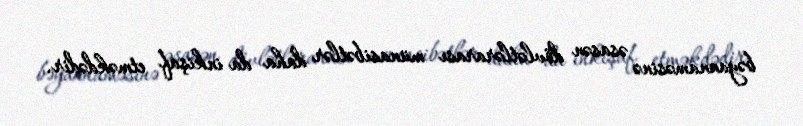
bəyannaməsinə əsasən dövlətlərarası münasibətlər daha da inkişaf etməkdədir.